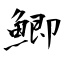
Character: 鯽